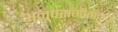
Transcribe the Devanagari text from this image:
अनूपसंगीतांकुश